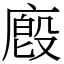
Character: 廏